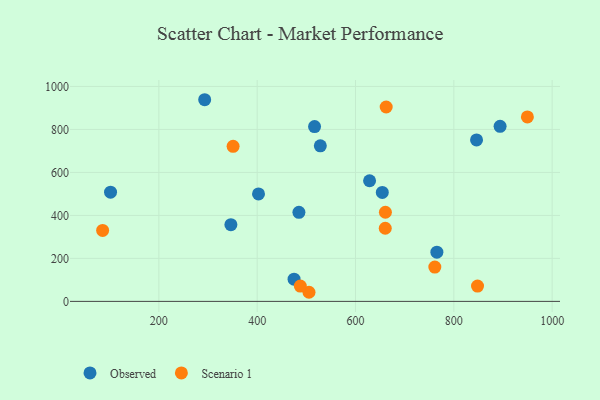
{"axis": {"x": "Investment", "y": "Salary"}, "legend": ["Observed", "Scenario 1"], "data": [{"x": "894.1", "y": 814.6, "type": "Observed"}, {"x": "346.5", "y": 357.1, "type": "Observed"}, {"x": "846.2", "y": 751.0, "type": "Observed"}, {"x": "628.6", "y": 561.2, "type": "Observed"}, {"x": "293.2", "y": 938.2, "type": "Observed"}, {"x": "654.5", "y": 507.0, "type": "Observed"}, {"x": "484.9", "y": 414.5, "type": "Observed"}, {"x": "402.7", "y": 500.0, "type": "Observed"}, {"x": "475.0", "y": 103.3, "type": "Observed"}, {"x": "516.7", "y": 813.4, "type": "Observed"}, {"x": "101.7", "y": 507.9, "type": "Observed"}, {"x": "765.5", "y": 228.8, "type": "Observed"}, {"x": "528.4", "y": 723.5, "type": "Observed"}, {"x": "660.8", "y": 414.6, "type": "Scenario 1"}, {"x": "351.0", "y": 721.2, "type": "Scenario 1"}, {"x": "85.6", "y": 330.1, "type": "Scenario 1"}, {"x": "505.4", "y": 42.4, "type": "Scenario 1"}, {"x": "761.3", "y": 159.5, "type": "Scenario 1"}, {"x": "848.2", "y": 71.4, "type": "Scenario 1"}, {"x": "660.5", "y": 340.3, "type": "Scenario 1"}, {"x": "949.6", "y": 858.3, "type": "Scenario 1"}, {"x": "487.7", "y": 71.4, "type": "Scenario 1"}, {"x": "662.4", "y": 904.3, "type": "Scenario 1"}]}